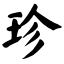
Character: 珍